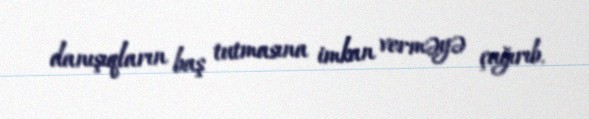
danışıqların baş tutmasına imkan verməyə çağırıb.